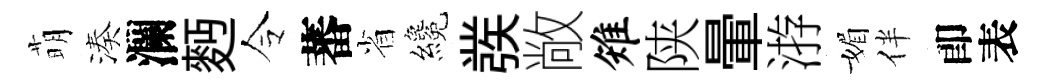
萌湊瀾麪令蕃省纔彂敞雉陕暈㳺媚伴卽表